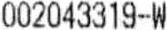
002043319-W